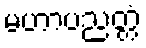
မဟာပညတ္တံ